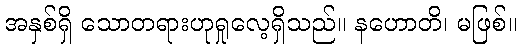
အနှစ်ရှိ သောတရားဟုရှုလေ့ရှိသည်။ နဟောတိ၊ မဖြစ်။